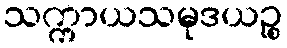
သက္ကာယသမုဒယဉ္စ